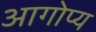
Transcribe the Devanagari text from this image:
आगोप्य